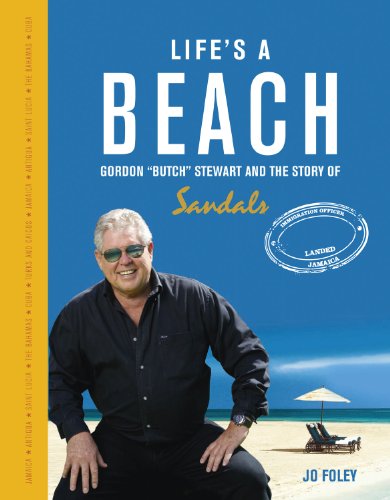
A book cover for Life's a Beach: The Story of Gordon 'Butch' Stewart and the Story of Sandals; Jo Foley; Travel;